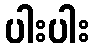
ပါးပါး